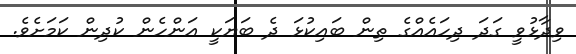
ވިދާޅުވީ ގަދަ ދިހައެއްގެ ތިން ބައިކުޅަ ދެ ބަޔަކީ އަންހެން ކުދިން ކަމަށެވެ.